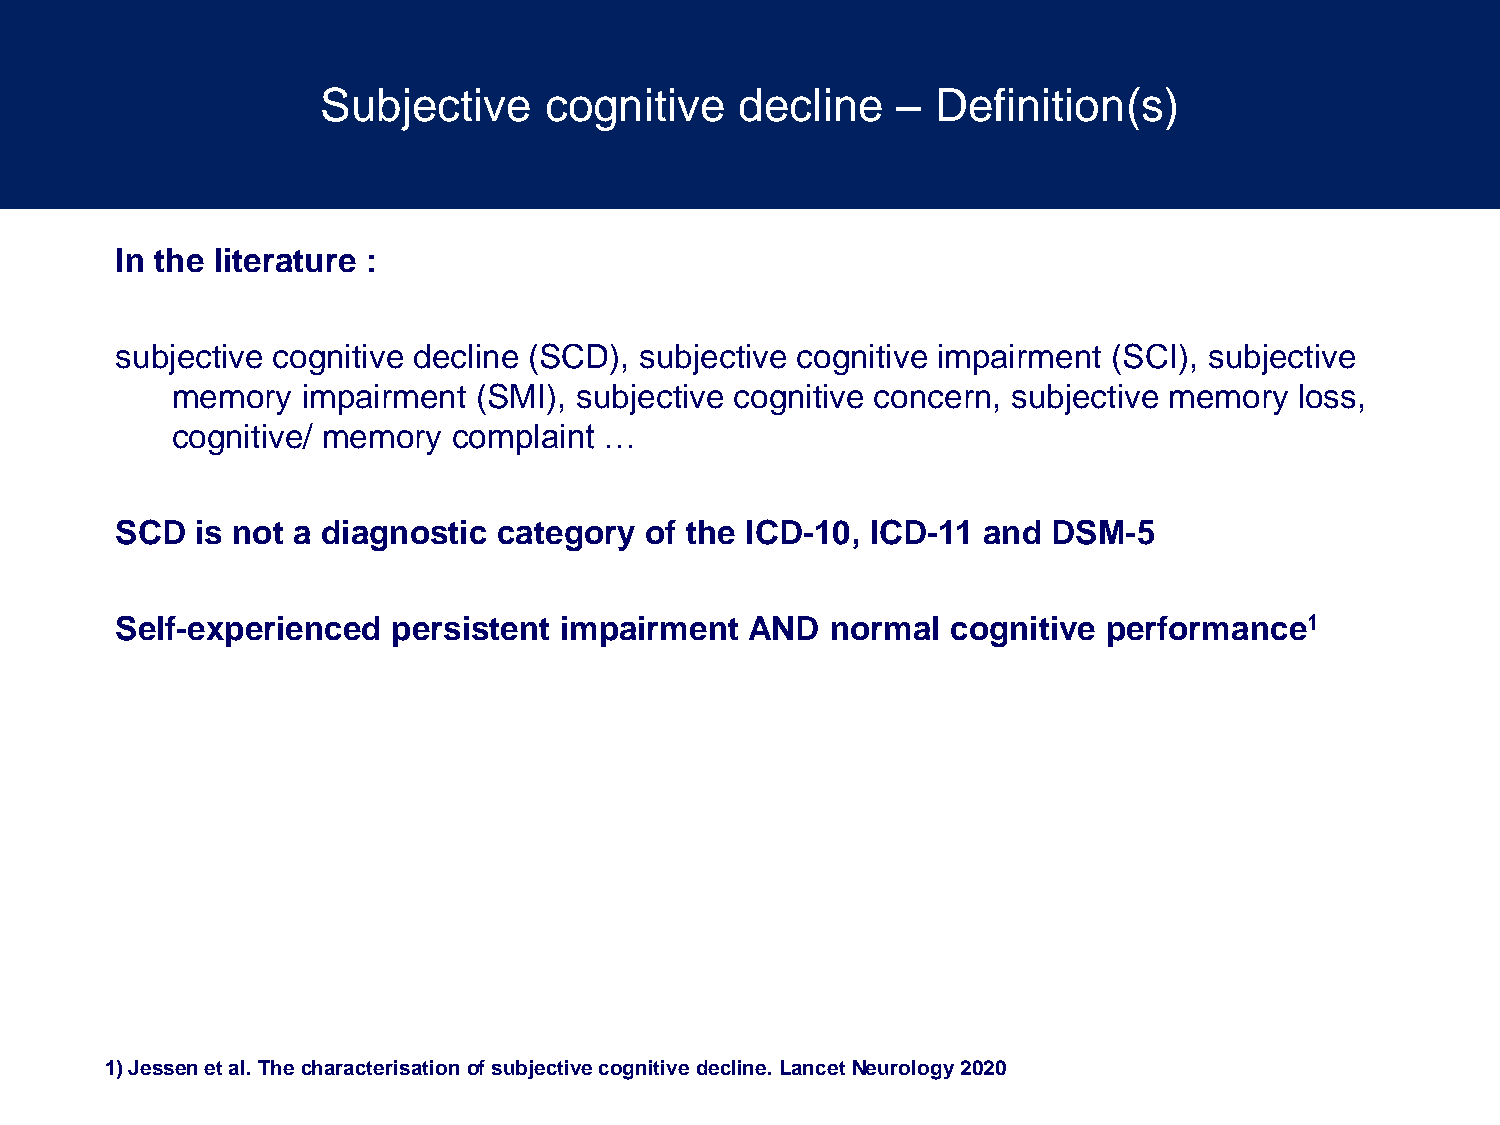
Subjective     cognitive    decline   –  Definition(s)
 In the literature :
 subjective cognitive decline (SCD), subjective cognitive impairment (SCI), subjective
 memory   impairment (SMI), subjective cognitive concern, subjective memory loss,
 cognitive/ memory  complaint …
 SCD  is not a diagnostic category  of the ICD-10, ICD-11 and  DSM-5
 Self-experienced  persistent impairment   AND  normal  cognitive performance1
 1) Jessen et al. The characterisation of subjective cognitive decline. Lancet Neurology 2020